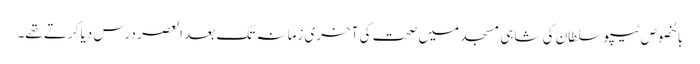
بالخصوص ٹیپوسلطان کی شاہی مسجد میں صحت کی آخری زمانہ تک بعد العصر درس دیا کرتے تھے۔